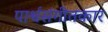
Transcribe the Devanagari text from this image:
पार्श्वसंगीतकार